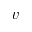
v